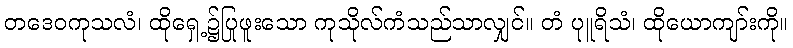
တဒေဝကုသလံ၊ ထိုရှေ့၌ပြုဖူးသော ကုသိုလ်ကံသည်သာလျှင်။ တံ ပုူရိသံ၊ ထိုယောကျာ်းကို။